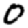
Digit: 0